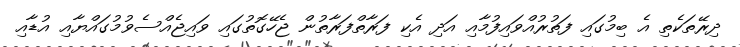
ދިރޭތަކެތި އެ ބިމުގައި ފަތުރުއްވައިފުމާއި އަދި އެކި ފަރާތްފަރާތުން ޖެހޭގޮތުގައި ވައިޖެއްސެވުމުގައްޔާއި އުޑާއި